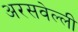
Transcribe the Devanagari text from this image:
अरसवेल्ली